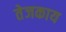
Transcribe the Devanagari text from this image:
तेजकाय